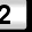
Digit: 2